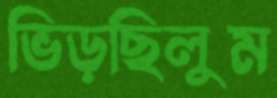
ভিড়ছিলুম